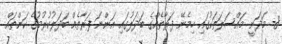
8- މަދަނީ މައްސަލަތަކުގައި ހިމެނޭ ފަރާތެއްގެ ބަދަލުގައި އަންނަ ފަރާތެއް ބަދަލުކުރުމުގެ ކަންތައް